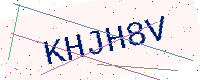
Text: KHJH8V